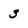
Character: 3